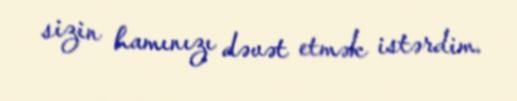
sizin hamınızı dəvət etmək istərdim.